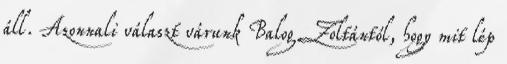
áll. Azonnali választ várunk Balog Zoltántól, hogy mit lép